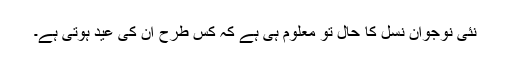
نئی نوجوان نسل کا حال تو معلوم ہی ہے کہ کس طرح ان کی عید ہوتی ہے۔